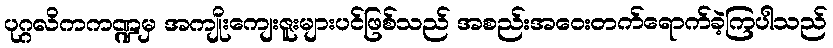
ပုဂ္ဂလိကကဏ္ဍမှ အကျိုးကျေးဇူးများပင်ဖြစ်သည် အစည်းအဝေးတက်ရောက်ခဲ့ကြပါသည်